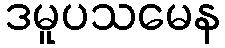
ဒမူပသမေန